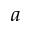
{ a }